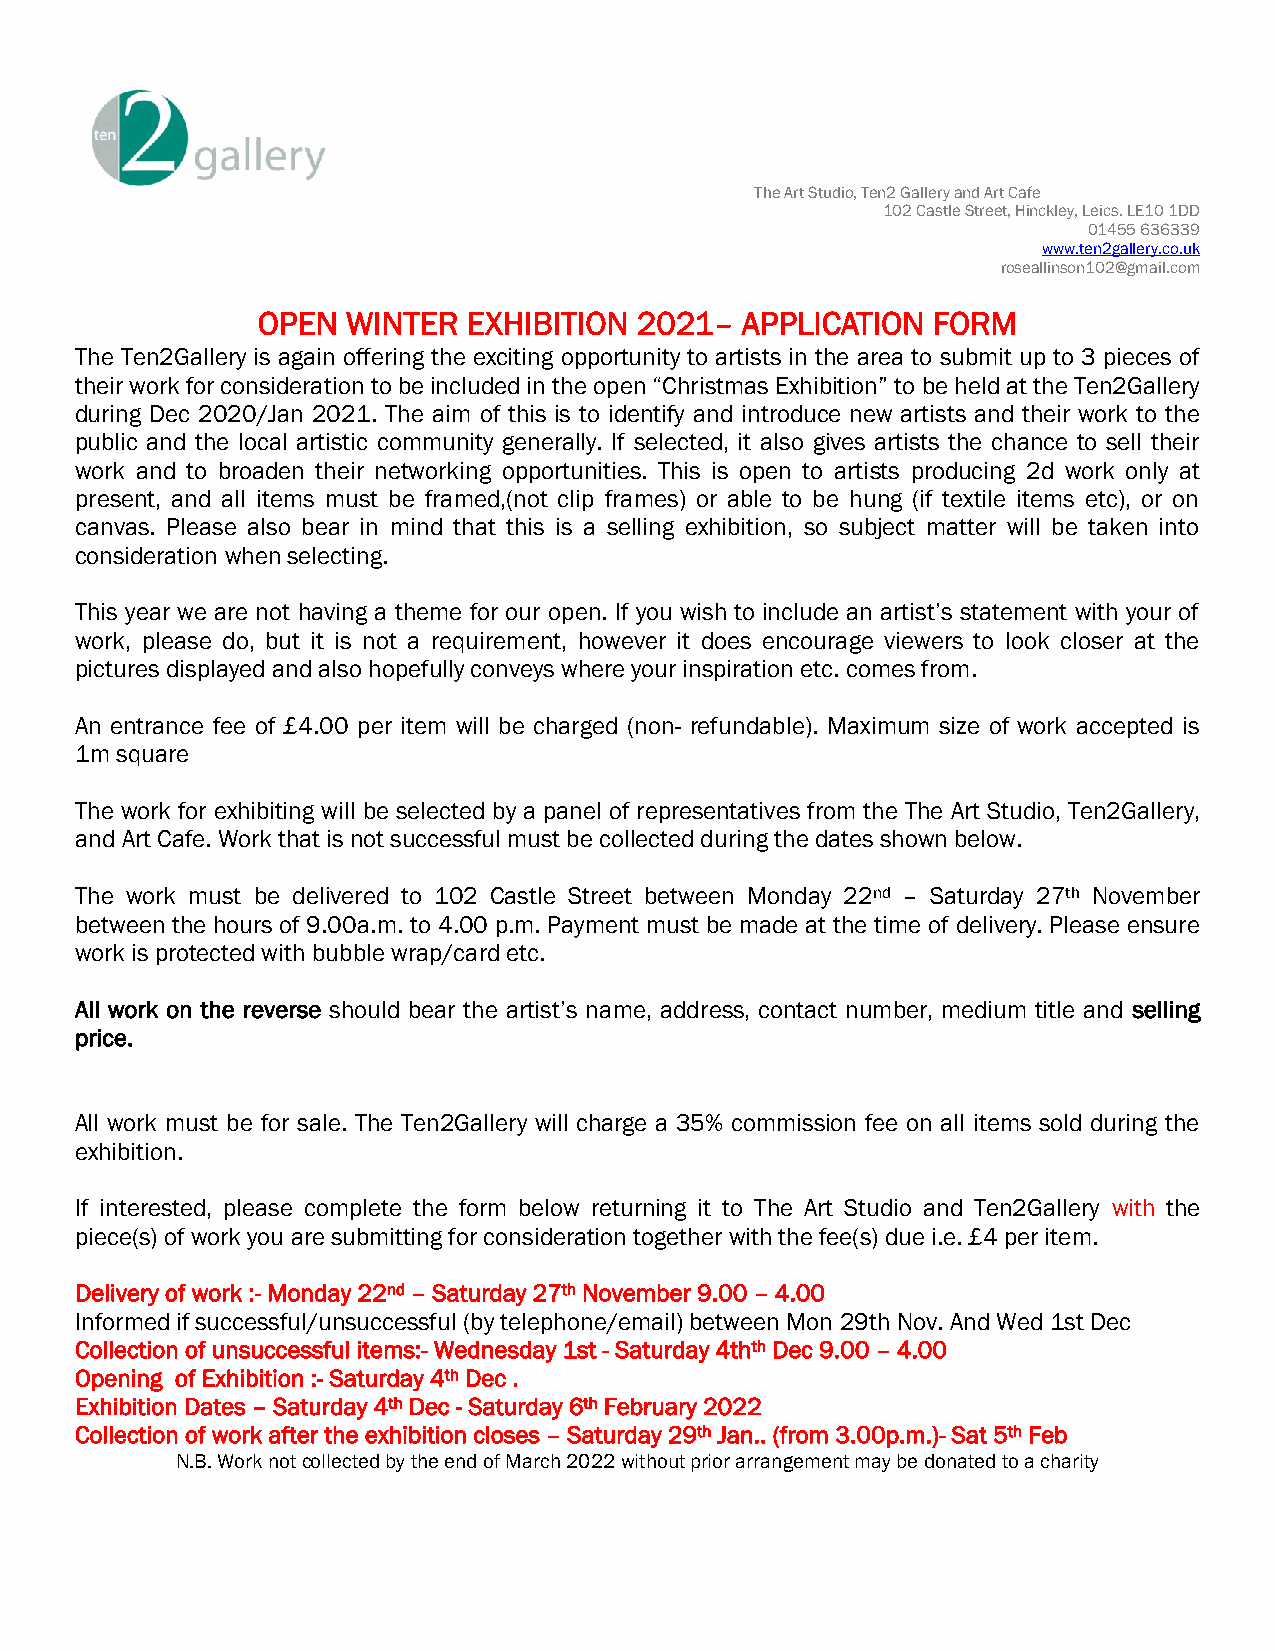
The Art Studio, Ten2 Gallery and Art Cafe
 102 Castle Street, Hinckley, Leics. LE10 1DD
 01455 636339
 www.ten2gallery.co.uk
 roseallinson102@gmail.com
 OPEN  WINTER  EXHIBITION 2021–  APPLICATION  FORM
 The Ten2Gallery is again offering the exciting opportunity to artists in the area to submit up to 3 pieces of
 their work for consideration to be included in the open “Christmas Exhibition” to be held at the Ten2Gallery
 during Dec 2020/Jan 2021. The aim of this is to identify and introduce new artists and their work to the
 public and the local artistic community generally. If selected, it also gives artists the chance to sell their
 work and to broaden their networking opportunities. This is open to artists producing 2d work only at
 present, and all items must be framed,(not clip frames) or able to be hung (if textile items etc), or on
 canvas. Please also bear in mind that this is a selling exhibition, so subject matter will be taken into
 consideration when selecting.
 This year we are not having a theme for our open. If you wish to include an artist’s statement with your of
 work, please do, but it is not a requirement, however it does encourage viewers to look closer at the
 pictures displayed and also hopefully conveys where your inspiration etc. comes from.
 An entrance fee of £4.00 per item will be charged (non- refundable). Maximum size of work accepted is
 1m square
 The work for exhibiting will be selected by a panel of representatives from the The Art Studio, Ten2Gallery,
 and Art Cafe. Work that is not successful must be collected during the dates shown below.
 The work must be delivered to 102 Castle Street between Monday 22nd – Saturday 27th November
 between the hours of 9.00a.m. to 4.00 p.m. Payment must be made at the time of delivery. Please ensure
 work is protected with bubble wrap/card etc.
 All work on the reverse should bear the artist’s name, address, contact number, medium title and selling
 price.
 All work must be for sale. The Ten2Gallery will charge a 35% commission fee on all items sold during the
 exhibition.
 If interested, please complete the form below returning it to The Art Studio and Ten2Gallery with the
 piece(s) of work you are submitting for consideration together with the fee(s) due i.e. £4 per item.
 Delivery of work :- Monday 22nd – Saturday 27th November 9.00 – 4.00
 Informed if successful/unsuccessful (by telephone/email) between Mon 29th Nov. And Wed 1st Dec
 Collection of unsuccessful items:- Wednesday 1st - Saturday 4thth Dec 9.00 – 4.00
 Opening of Exhibition :- Saturday 4th Dec .
 Exhibition Dates – Saturday 4th Dec - Saturday 6th February 2022
 Collection of work after the exhibition closes – Saturday 29th Jan.. (from 3.00p.m.)- Sat 5th Feb
 N.B. Work not collected by the end of March 2022 without prior arrangement may be donated to a charity